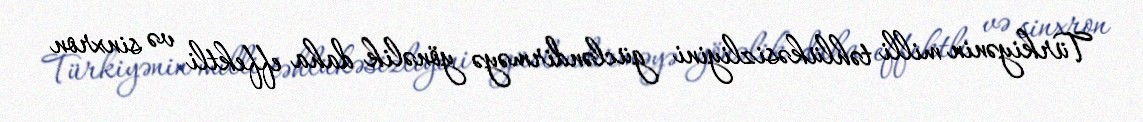
Türkiyənin milli təhlükəsizliyini gücləndirməyə yönəlik daha effektli və sinxron